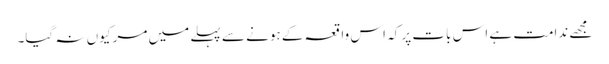
مجھے ندامت ہے اس بات پر کہ اس واقعہ کے ہونے سے پہلے میں مر کیوں نہ گیا۔